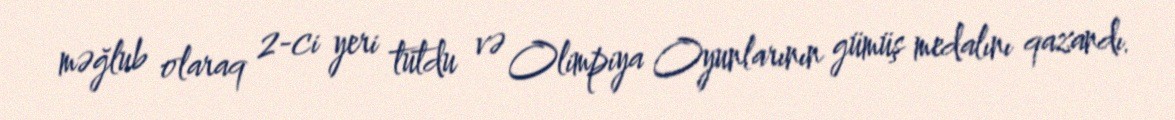
məğlub olaraq 2-ci yeri tutdu və Olimpiya Oyunlarının gümüş medalını qazandı.